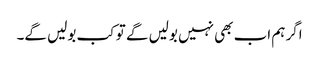
اگر ہم اب بھی نہیں بولیں گے تو کب بولیں گے۔